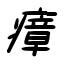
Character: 瘴